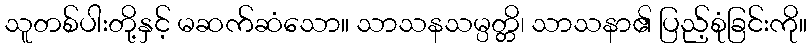
သူတစ်ပါးတို့နှင့် မဆက်ဆံသော။ သာသနသမ္ပတ္တိ၊ သာသနာ၏ ပြည့်စုံခြင်းကို။